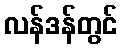
လန်ဒန်တွင်